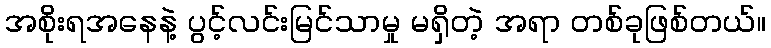
အစိုးရအနေနဲ့ ပွင့်လင်းမြင်သာမှု မရှိတဲ့ အရာ တစ်ခုဖြစ်တယ်။